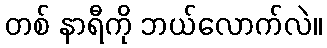
တစ် နာရီကို ဘယ်လောက်လဲ။